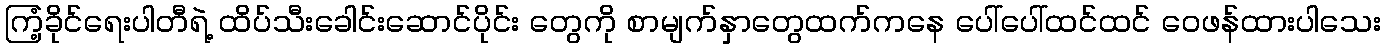
ကြံ့ခိုင်ရေးပါတီရဲ့ ထိပ်သီးခေါင်းဆောင်ပိုင်း တွေကို စာမျက်နှာတွေထက်ကနေ ပေါ်ပေါ်ထင်ထင် ဝေဖန်ထားပါသေး